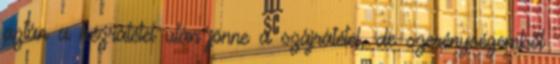
aztán a kézrátétel után jönne a szájrátétel, de szerénységemből